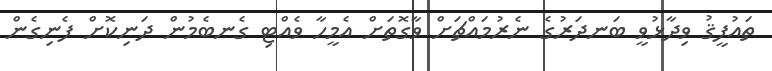
ތައުފީޤު ވިދާޅުވީ ބަނދަރުގެ ނެރުމައްޗަށް ވާގޮތަށް އެމީހާ ވެއްޓި ގެނބެމުން ދަނިކޮށް ފެނިގެން